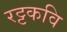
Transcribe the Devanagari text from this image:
रट्टकवि